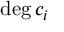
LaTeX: { \mathrm { d e g } } \, c _ { i }